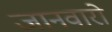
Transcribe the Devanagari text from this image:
जानवारो